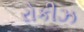
રોકીઝ